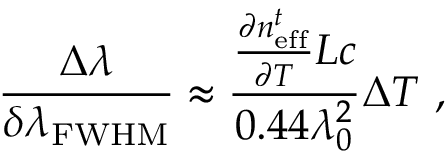
\frac { \Delta \lambda } { \delta \lambda _ { \mathrm { F W H M } } } \approx \frac { \frac { \partial n _ { \mathrm { e f f } } ^ { t } } { \partial T } L c } { 0 . 4 4 \lambda _ { 0 } ^ { 2 } } \Delta T ~ ,